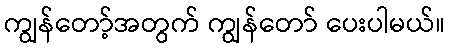
ကျွန်တော့်အတွက် ကျွန်တော် ပေးပါမယ်။